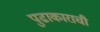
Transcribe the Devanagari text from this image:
पुढाकाराची